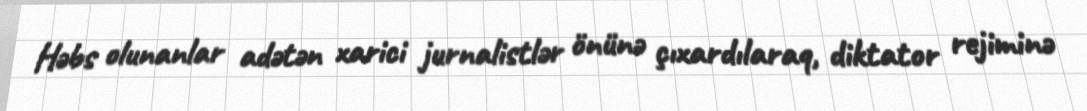
Həbs olunanlar adətən xarici jurnalistlər önünə çıxardılaraq, diktator rejiminə